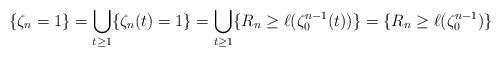
LaTeX: \begin{align*}\{\zeta_{n}=1\}&=\bigcup_{t\ge1}\{\zeta_{n}(t)=1\}=\bigcup_{t\ge1}\{R_{n}\ge\ell(\zeta_{0}^{n-1}(t))\}=\{R_{n}\ge\ell(\zeta_{0}^{n-1})\}\end{align*}